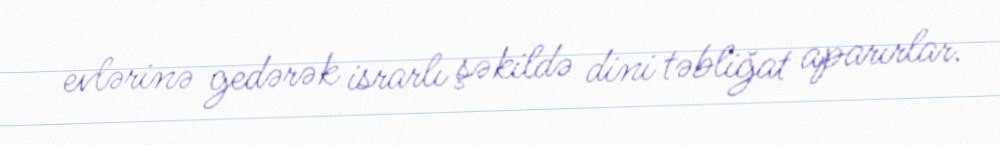
evlərinə gedərək israrlı şəkildə dini təbliğat aparırlar.